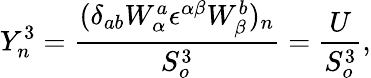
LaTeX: Y_{n}^{3}=\frac{(\delta_{ab}W_{\alpha}^{a}{\epsilon}^{\alpha\beta}W_{\beta}^{b})_{n}}{S_{o}^{3}}=\frac{U}{S_{o}^{3}},